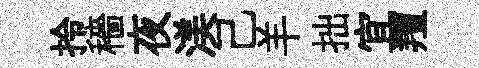
拎穡夜渼己羊拙宜羶